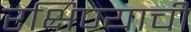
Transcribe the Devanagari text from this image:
रक्षिण्याची